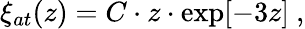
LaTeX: \xi_{at}(z)=C\cdot z\cdot\textrm{exp}[-3z]~,